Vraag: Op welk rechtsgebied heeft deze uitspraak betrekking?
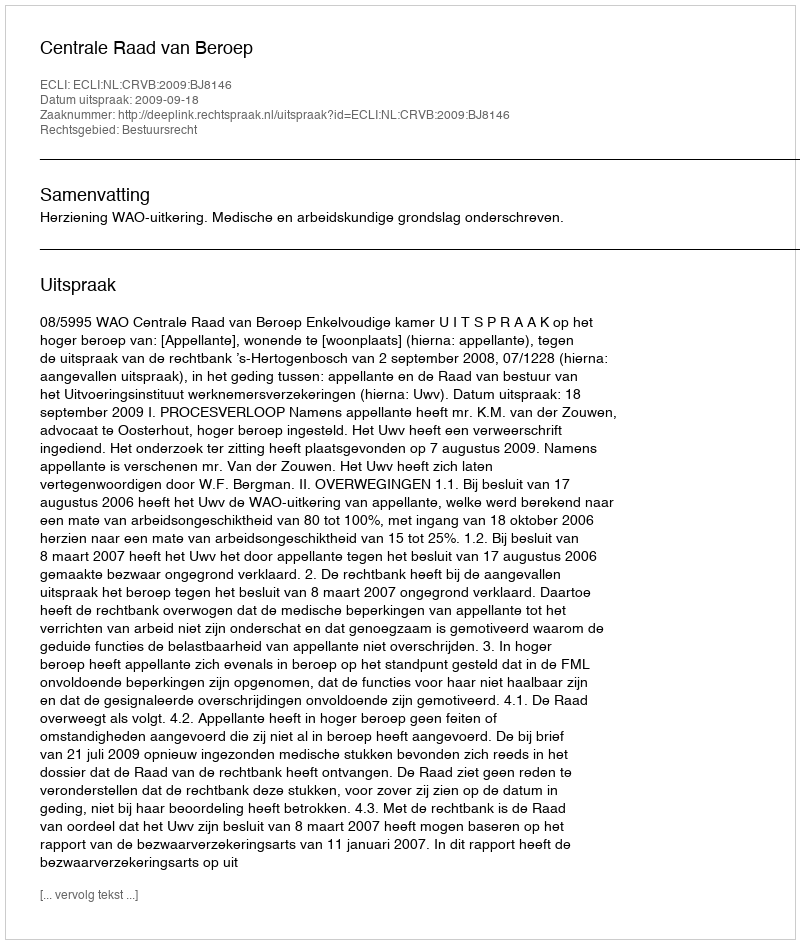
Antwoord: Bestuursrecht